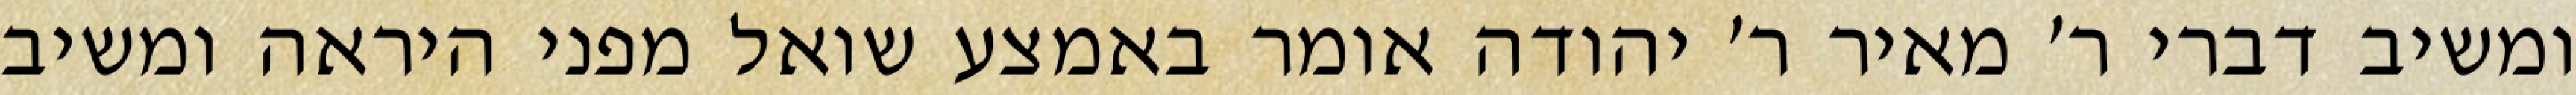
ומשיב דברי ר׳ מאיר ר׳ יהודה אומר באמצע שואל מפני היראה ומשיב